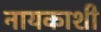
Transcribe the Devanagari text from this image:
नायकाशी